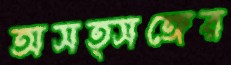
অসত্সঙ্গের